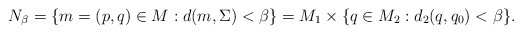
\begin{align*} N_\beta = \{m=(p,q) \in M: d(m, \Sigma) <\beta\} = M_1 \times \{q\in M_2: d_2(q,q_0)<\beta\}.\end{align*}